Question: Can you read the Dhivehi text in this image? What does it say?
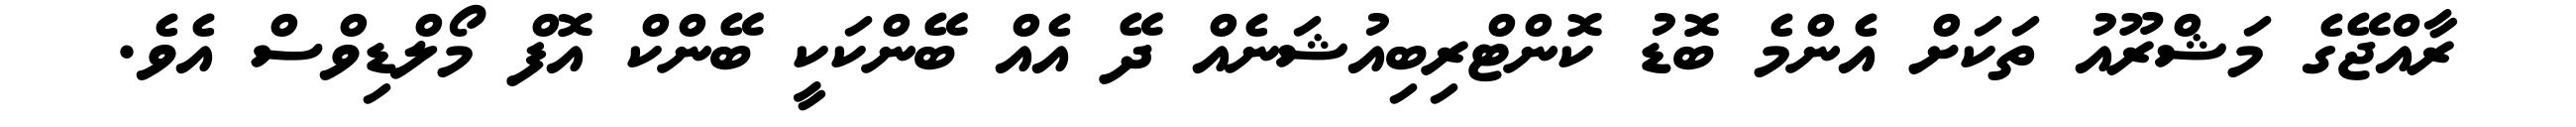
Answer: ރާއްޖޭގެ މަޝްރޫއު ތަކަށް އެންމެ ބޮޑު ކޮންޓްރިބިއުޝަނެއް ދޭ އެއް ބޭންކަކީ ބޭންކް އޮފް މޯލްޑިވްސް އެވެ.